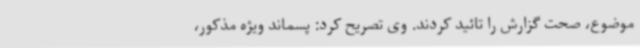
موضوع، صحت گزارش را تائید کردند. وی تصریح کرد: پسماند ویژه مذکور،